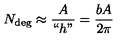
N _ { \mathrm { d e g } } \approx \frac { A } { ` ` h " } = \frac { b A } { 2 \pi }